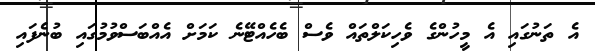
އެ ތަނުގައި އެ މީހުންގެ ވެހިކަލްތައް ވެސް ބެހެއްޓޭނެ ކަމަށް އެއްބަސްވުމުގައި ބުނެފައި